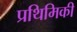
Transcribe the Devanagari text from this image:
प्रथिमिकी